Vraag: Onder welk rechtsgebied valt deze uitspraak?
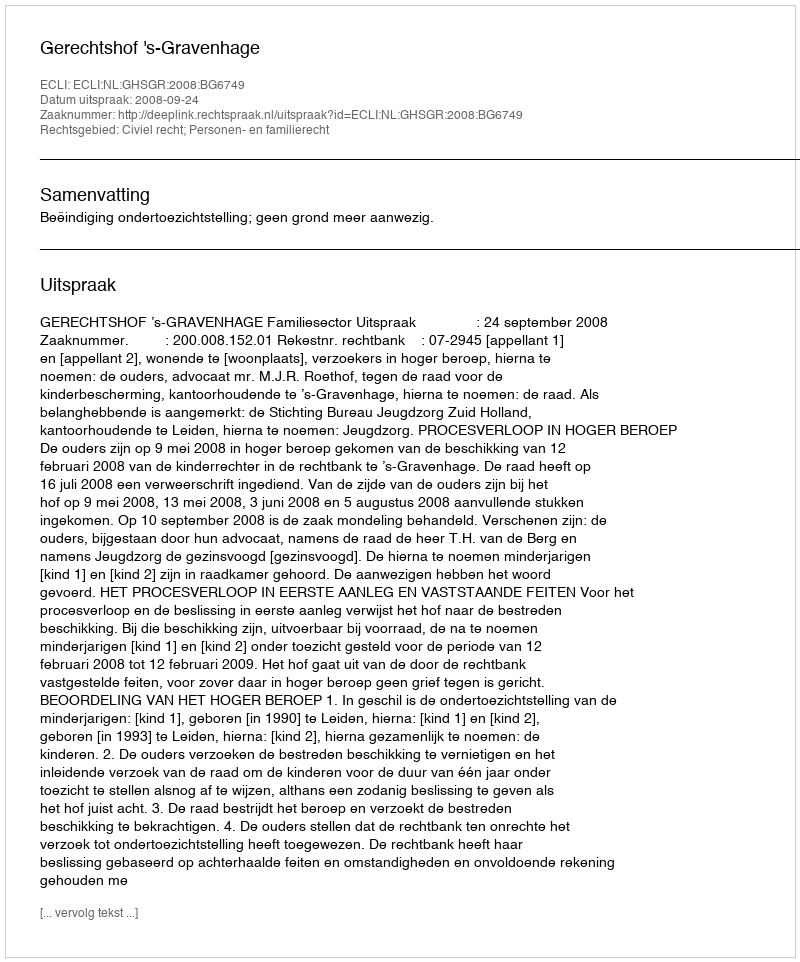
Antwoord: Civiel recht; Personen- en familierecht